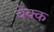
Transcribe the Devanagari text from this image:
चेक्क